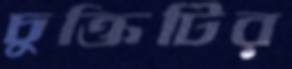
চুক্তিটির